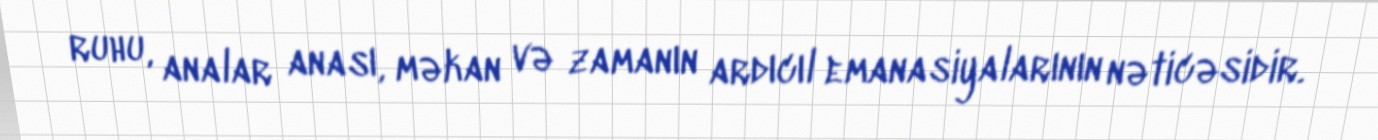
ruhu, analar anası, məkan və zamanın ardıcıl emanasiyalarının nəticəsidir.